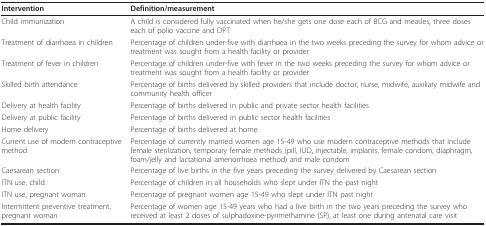
<table><thead><tr><td><b>Intervention</b></td><td><b>Definition/measurement</b></td></tr></thead><tbody><tr><td>Child immunization</td><td>A child is considered fully vaccinated when he/she gets one dose each of BCG and measles, three doses each of polio vaccine and DPT</td></tr><tr><td>Treatment of diarrhoea in children</td><td>Percentage of children under-five with diarrhoea in the two weeks preceding the survey for whom advice or treatment was sought from a health facility or provider</td></tr><tr><td>Treatment of fever in children</td><td>Percentage of children under-five with fever in the two weeks preceding the survey for whom advice or treatment was sought from a health facility or provider</td></tr><tr><td>Skilled birth attendance</td><td>Percentage of births delivered by skilled providers that include doctor, nurse, midwife, auxiliary midwife and community health officer</td></tr><tr><td>Delivery at health facility</td><td>Percentage of births delivered in public and private sector health facilities</td></tr><tr><td>Delivery at public facility</td><td>Percentage of births delivered in public sector health facilities</td></tr><tr><td>Home delivery</td><td>Percentage of births delivered at home</td></tr><tr><td>Current use of modern contraceptive method</td><td>Percentage of currently married women age 15-49 who use modern contraceptive methods that include female sterilization, temporary female methods (pill, IUD, injectable, implants, female condom, diaphragm, foam/jelly and lactational amenorrhoea method) and male condom</td></tr><tr><td>Caesarean section</td><td>Percentage of live births in the five years preceding the survey delivered by Caesarean section</td></tr><tr><td>ITN use, child</td><td>Percentage of children in all households who slept under ITN the past night</td></tr><tr><td>ITN use, pregnant woman</td><td>Percentage of pregnant women age 15-49 who slept under ITN past night</td></tr><tr><td>Intermittent preventive treatment, pregnant woman</td><td>Percentage of women age 15-49 years who had a live birth in the two years preceding the survey who received at least 2 doses of sulphadoxine-pyrimethamine (SP), at least one during antenatal care visit</td></tr></tbody></table>